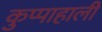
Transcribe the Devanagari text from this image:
कुप्पाहाली